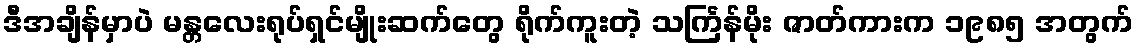
ဒီအချိန်မှာပဲ မန္တလေးရုပ်ရှင်မျိုးဆက်တွေ ရိုက်ကူးတဲ့ သင်္ကြန်မိုး ဇာတ်ကားက ၁၉၈၅ အတွက်